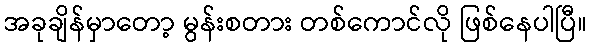
အခုချိန်မှာတော့ မွန်းစတား တစ်ကောင်လို ဖြစ်နေပါပြီ။